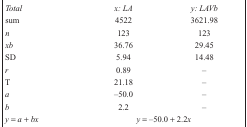
| Total | x: LA | y: LAVb |
 | --- | --- | --- |
 | sum | 4522 | 3621.98 |
 | n | 123 | 123 |
 | xb | 36.76 | 29.45 |
 | SD | 5.94 | 14.48 |
 | r | 0.89 | – |
 | T | 21.18 | – |
 | a | –50.0 | – |
 | b | 2.2 | – |
 | y = a + bx | <COLSPAN=2> y = –50.0 + 2.2x |